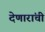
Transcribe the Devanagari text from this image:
देणारांची